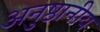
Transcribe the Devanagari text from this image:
अनुष्ठानीय